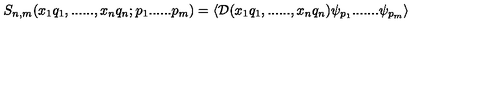
\left. S _ { n , m } ( x _ { 1 } q _ { 1 } , . . . . . . , x _ { n } q _ { n } ; p _ { 1 } . . . . . . p _ { m } ) = \langle { \cal D } ( x _ { 1 } q _ { 1 } , . . . . . . , x _ { n } q _ { n } ) \psi _ { p _ { 1 } } . . . . . . . \psi _ { p _ { m } } \rangle \right.